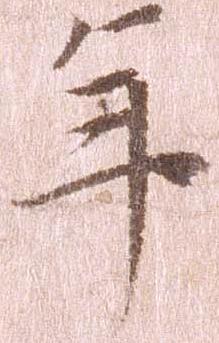
年